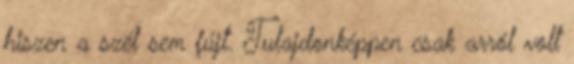
hiszen a szél sem fújt. Tulajdonképpen csak arról volt